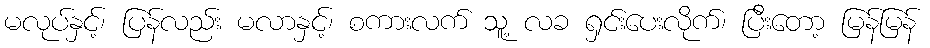
မလုပ်နှင့်၊ ပြန်လည်း မလာနှင့်၊ စကားလက် သူ့ လခ ရှင်းပေးလိုက်၊ ပြီးတော့ မြန်မြန်